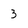
Character: 3